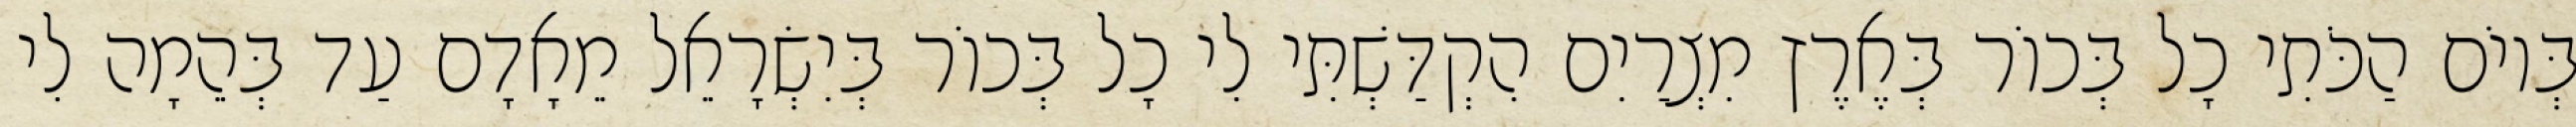
בְּיוֹם הַכֹּתִי כָל בְּכוֹר בְּאֶרֶץ מִצְרַיִם הִקְדַּשְׁתִּי לִי כָל בְּכוֹר בְּיִשְׂרָאֵל מֵאָדָם עַד בְּהֵמָה לִי